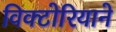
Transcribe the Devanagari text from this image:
विक्टोरियाने